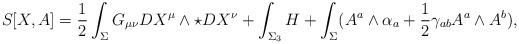
LaTeX: \begin{align*}S_{}[X,A]=\frac{1}{2}\int_{\Sigma}G_{\mu\nu}DX^\mu\wedge \star DX^\nu+\int_{\Sigma_3}H+\int_{\Sigma}(A^a\wedge\alpha_a+\frac{1}{2}\gamma_{ab}A^a\wedge A^b),\end{align*}